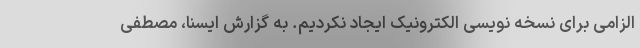
الزامی برای نسخه نویسی الکترونیک ایجاد نکردیم. به گزارش ایسنا، مصطفی